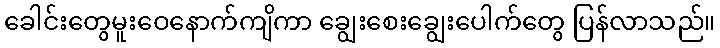
ခေါင်းတွေမူးဝေနောက်ကျိကာ ချွေးစေးချွေးပေါက်တွေ ပြန်လာသည်။